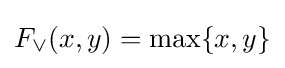
F_{\vee }(x,y)=\max\{x,y\}